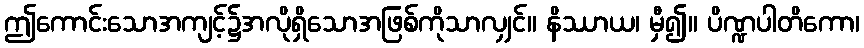
ဤကောင်းသောအကျင့်၌အလိုရှိသောအဖြစ်ကိုသာလျှင်။ နိဿာယ၊ မှီ၍။ ပိဏ္ဍပါတိကော၊